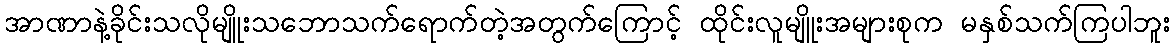
အာဏာနဲ့ခိုင်းသလိုမျိူးသဘောသက်ရောက်တဲ့အတွက်ကြောင့် ထိုင်းလူမျိူးအများစုက မနှစ်သက်ကြပါဘူး